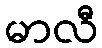
မာလီ